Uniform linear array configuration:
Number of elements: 8
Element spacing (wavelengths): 0.75
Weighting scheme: binomial
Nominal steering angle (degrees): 30
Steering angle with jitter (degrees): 28.017
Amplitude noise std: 0.05
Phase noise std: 0.05

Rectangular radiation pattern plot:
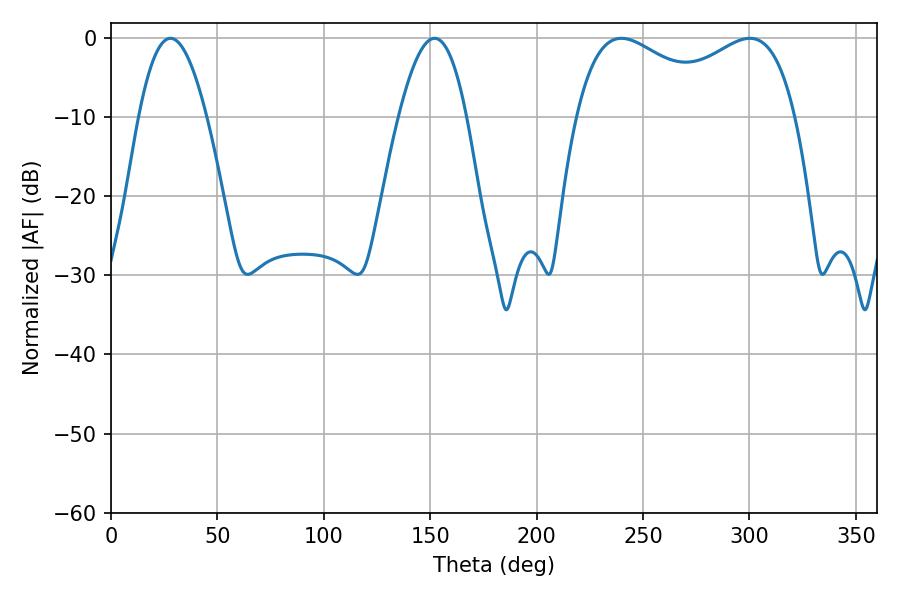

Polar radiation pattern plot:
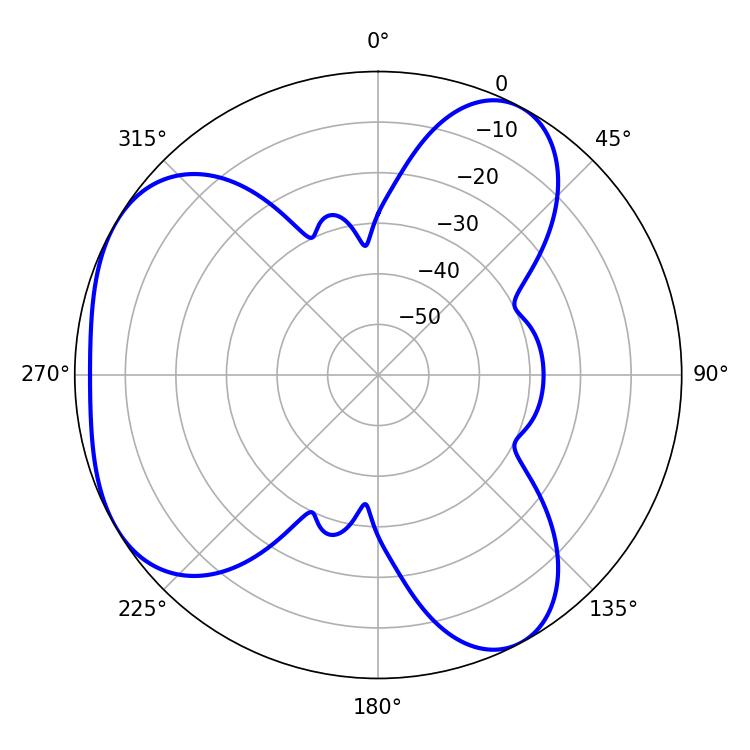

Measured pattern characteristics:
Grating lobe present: TRUE
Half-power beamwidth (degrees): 41.94
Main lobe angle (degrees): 239.76